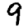
Digit: 9